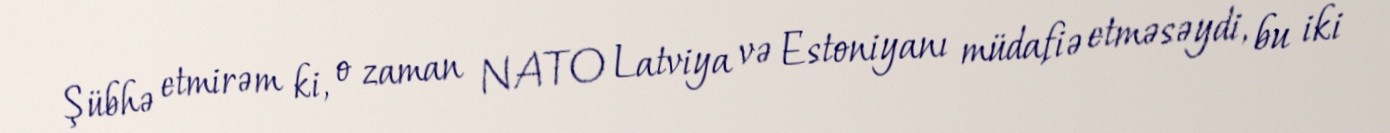
Şübhə etmirəm ki, o zaman NATO Latviya və Estoniyanı müdafiə etməsəydi, bu iki